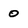
Character: 0